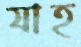
যাহ